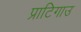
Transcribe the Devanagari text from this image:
प्राटिगाउ